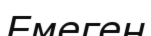
Емеген